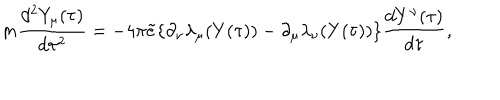
m \frac { d ^ { 2 } Y _ { \mu } ( \tau ) } { d \tau ^ { 2 } } = - 4 \pi { \tilde { e } } \{ \partial _ { \nu } \lambda _ { \mu } ( Y ( \tau ) ) - \partial _ { \mu } \lambda _ { \nu } ( Y ( \tau ) ) \} \frac { d Y ^ { \nu } ( \tau ) } { d \tau } ,